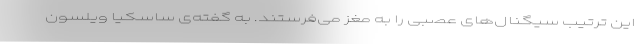
این ترتیب سیگنال‌های عصبی را به مغز می‌فرستند. به گفته‌ی ساسکیا ویلسون